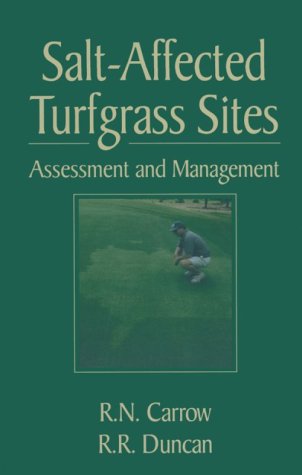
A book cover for Salt-Affected Turfgrass Sites: Assessment and Management; R. N. Carrow; Science & Math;